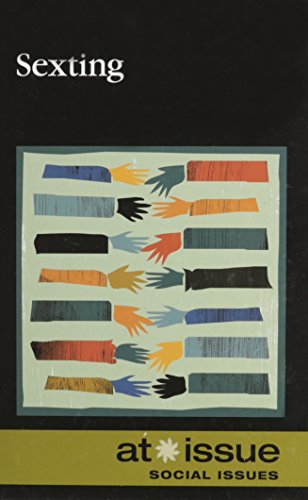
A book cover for Sexting (At Issue); Roman Espejo; Teen & Young Adult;